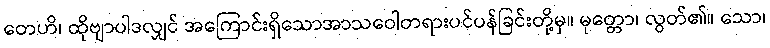
တေဟိ၊ ထိုဗျာပါဒလျှင် အကြောင်းရှိသောအာသဝေါတရားပင်ပန်ခြင်းတို့မှ။ မုတ္တော၊ လွတ်၏။ သော၊